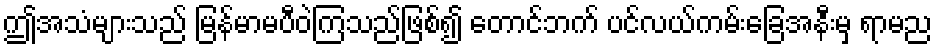
ဤအသံများသည် မြန်မာမပီဝဲကြသည်ဖြစ်၍ တောင်ဘက် ပင်လယ်ကမ်းခြေအနီးမှ ရာမည